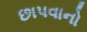
છાપવાનો